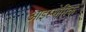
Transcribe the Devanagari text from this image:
आइस्थेमिक